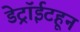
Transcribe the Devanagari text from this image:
डेट्रॉईटहून